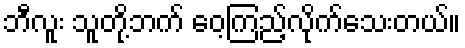
ဘီလူး သူတို့ဘက် ဝေ့ကြည့်လိုက်သေးတယ်။